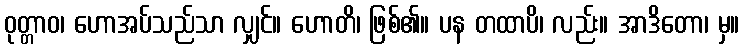
ဝုတ္တာဝ၊ ဟောအပ်သည်သာ လျှင်။ ဟောတိ၊ ဖြစ်၏။ ပန တထာပိ၊ လည်း။ အာဒိတော၊ မှ။